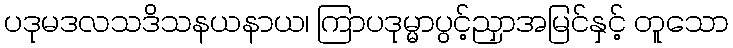
ပဒုမဒလသဒိသနယနာယ၊ ကြာပဒုမ္မာပွင့်ညှာအမြင်နှင့် တူသော